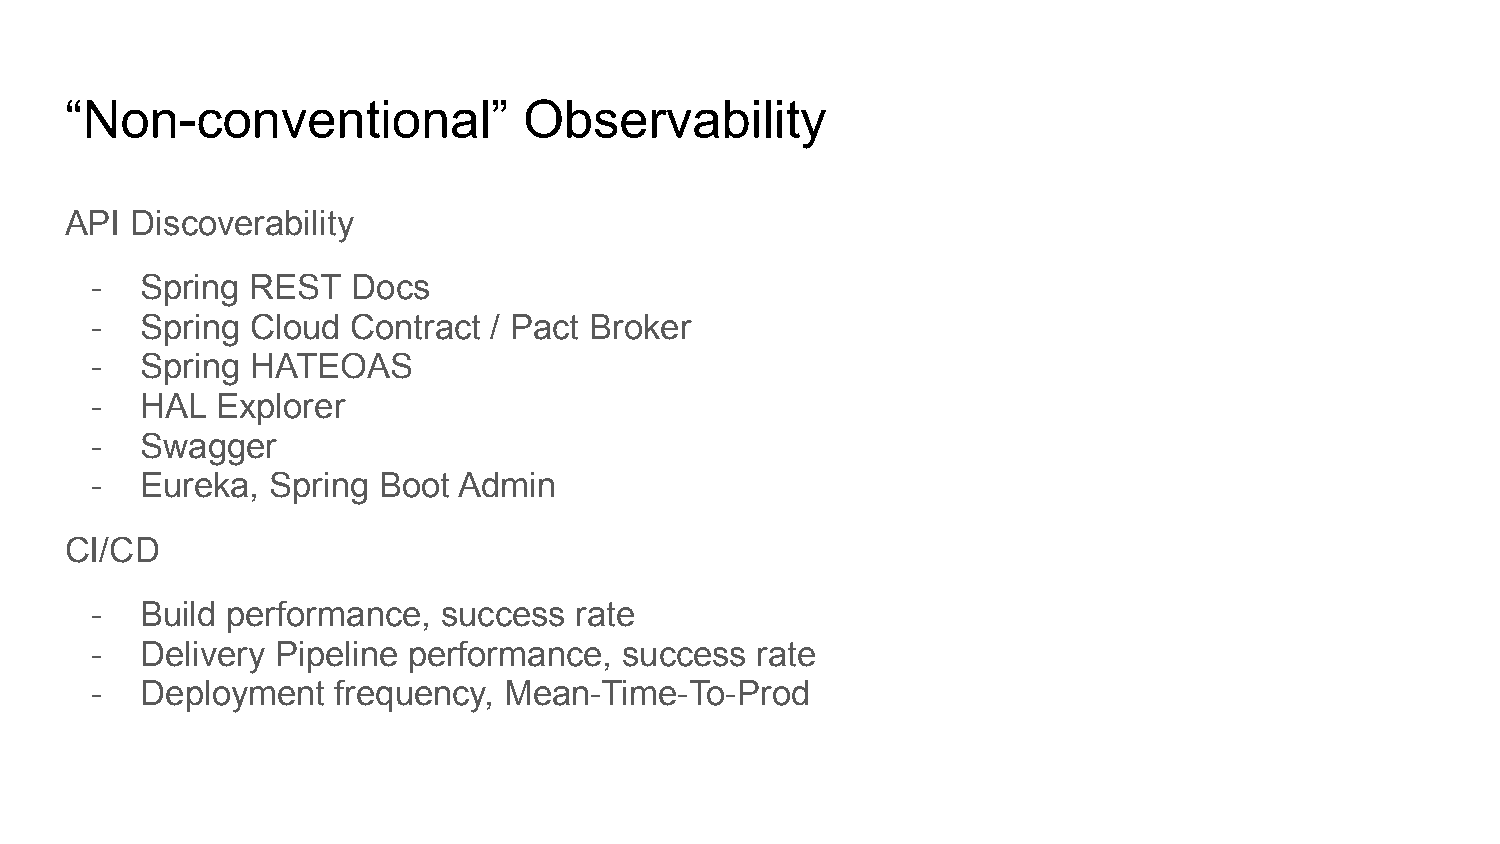
“Non-conventional”             Observability
 API  Discoverability
 -  Spring  REST  Docs
 -  Spring  Cloud Contract / Pact Broker
 -  Spring  HATEOAS
 -  HAL  Explorer
 -  Swagger
 -  Eureka,  Spring Boot Admin
 CI/CD
 -  Build performance,  success  rate
 -  Delivery Pipeline performance,  success  rate
 -  Deployment   frequency, Mean-Time-To-Prod